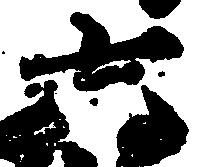
六